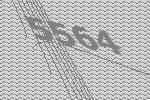
5564